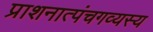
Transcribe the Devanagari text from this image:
प्राशनात्पंचगव्यस्य